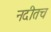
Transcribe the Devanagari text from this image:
नदीतच